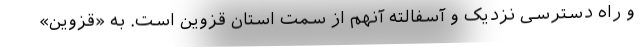
و راه دسترسی نزدیک و آسفالته آنهم از سمت استان قزوین است. به «قزوین»